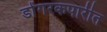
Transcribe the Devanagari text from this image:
डोंगरकपारीत